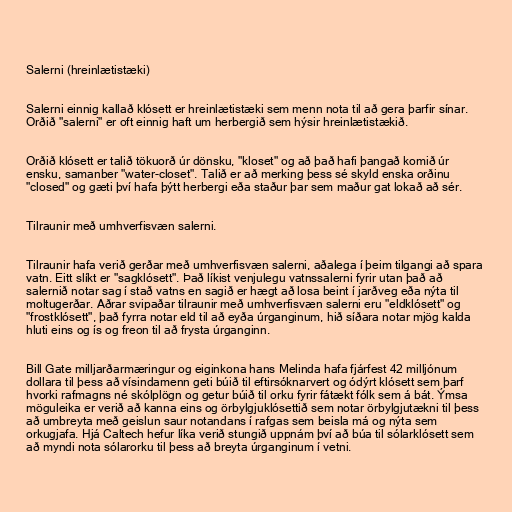
Salerni (hreinlætistæki)

Salerni einnig kallað klósett er hreinlætistæki sem menn nota til að gera þarfir sínar.
Orðið "salerni" er oft einnig haft um herbergið sem hýsir hreinlætistækið.

Orðið klósett er talið tökuorð úr dönsku, "kloset" og að það hafi þangað komið úr
ensku, samanber "water-closet". Talið er að merking þess sé skyld enska orðinu
"closed" og gæti því hafa þýtt herbergi eða staður þar sem maður gat lokað að sér.

Tilraunir með umhverfisvæn salerni.

Tilraunir hafa verið gerðar með umhverfisvæn salerni, aðalega í þeim tilgangi að spara
vatn. Eitt slíkt er "sagklósett". Það líkist venjulegu vatnssalerni fyrir utan það að
salernið notar sag í stað vatns en sagið er hægt að losa beint í jarðveg eða nýta til
moltugerðar. Aðrar svipaðar tilraunir með umhverfisvæn salerni eru "eldklósett" og
"frostklósett", það fyrra notar eld til að eyða úrganginum, hið síðara notar mjög kalda
hluti eins og ís og freon til að frysta úrganginn.

Bill Gate milljarðarmæringur og eiginkona hans Melinda hafa fjárfest 42 milljónum
dollara til þess að vísindamenn geti búið til eftirsóknarvert og ódýrt klósett sem þarf
hvorki rafmagns né skólplögn og getur búið til orku fyrir fátækt fólk sem á bát. Ýmsa
möguleika er verið að kanna eins og örbylgjuklósettið sem notar örbylgjutækni til þess
að umbreyta með geislun saur notandans í rafgas sem beisla má og nýta sem
orkugjafa. Hjá Caltech hefur líka verið stungið uppnám því að búa til sólarklósett sem
að myndi nota sólarorku til þess að breyta úrganginum í vetni.